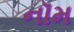
નૉમ